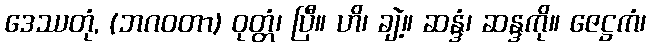
ဒေဿတုံ, (ဘဂဝတာ) ဝုတ္တံ၊ ပြီ။ ဟိ၊ ချဲ့။ ဆန္ဒံ၊ ဆန္ဒကို။ ဇေဋ္ဌကံ၊